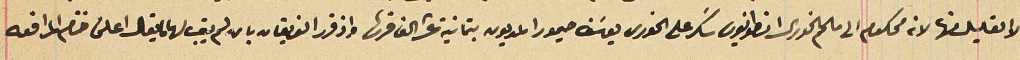
الا القليل منها لانه محكوم الى ملحم الخورى انطونيوس سَكر على الخورى يوسَف حيمور المديون بتمانية عشر الف قرش واذ قرر الفريقان بان لم يبق لها ما يقال اعلن ختام المرافعه